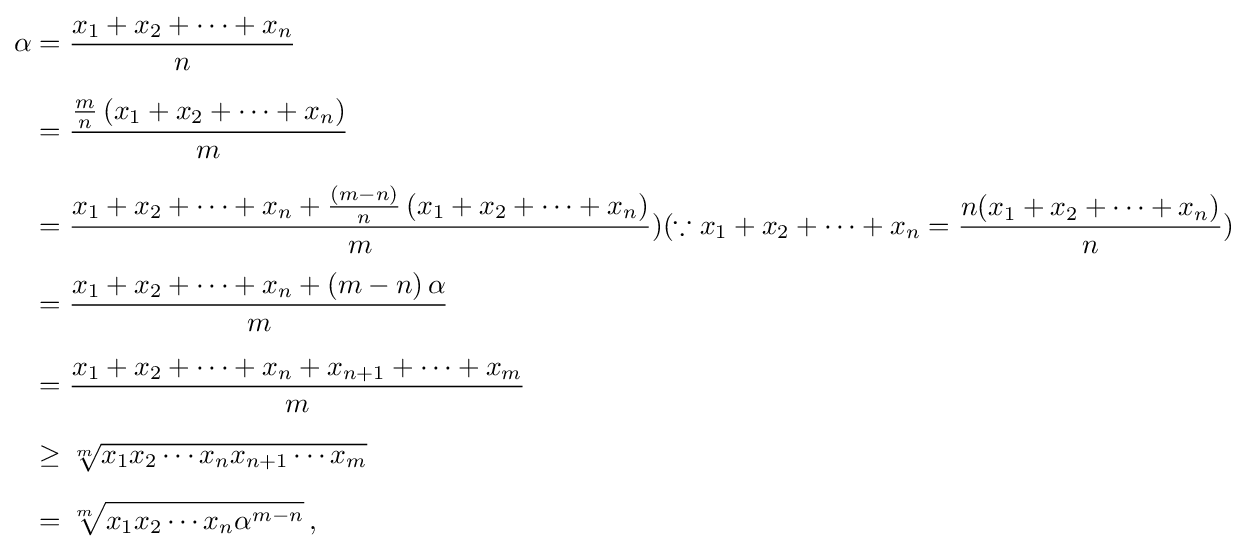
{\begin{aligned}\alpha &={\frac {x_{1}+x_{2}+\cdots +x_{n}}{n}}\\[6pt]&={\frac {{\frac {m}{n}}\left(x_{1}+x_{2}+\cdots +x_{n}\right)}{m}}\\[6pt]&={\frac {x_{1}+x_{2}+\cdots +x_{n}+{\frac {(m-n)}{n}}\left(x_{1}+x_{2}+\cdots +x_{n}\right)}{m}})(\because x_{1}+x_{2}+\cdots +x_{n}={\frac {{n}(x_{1}+x_{2}+\cdots +x_{n})}{n}})\\[3pt]&={\frac {x_{1}+x_{2}+\cdots +x_{n}+\left(m-n\right)\alpha }{m}}\\[6pt]&={\frac {x_{1}+x_{2}+\cdots +x_{n}+x_{n+1}+\cdots +x_{m}}{m}}\\[6pt]&\geq {\sqrt[{m}]{x_{1}x_{2}\cdots x_{n}x_{n+1}\cdots x_{m}}}\\[6pt]&={\sqrt[{m}]{x_{1}x_{2}\cdots x_{n}\alpha ^{m-n}}}\,,\end{aligned}}